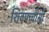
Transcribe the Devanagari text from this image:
शिवपच्चीसी